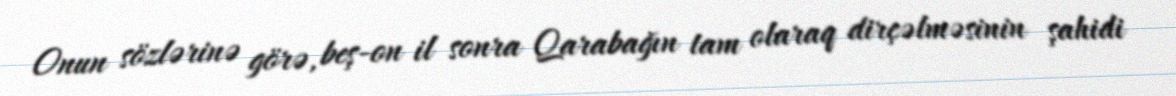
Onun sözlərinə görə, beş-on il sonra Qarabağın tam olaraq dirçəlməsinin şahidi